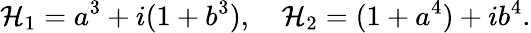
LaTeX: {\cal H}_{1}=a^{3}+i(1+b^{3}),\quad{\cal H}_{2}=(1+a^{4})+ib^{4}.